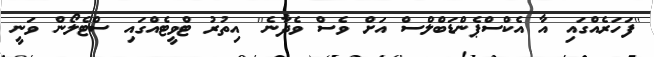
''ފަހަރެއްގައި އާ އެކްސްޕެންޑަބްލްސް އަށް ވެސް ވެދާނެ'' އިތުރު ޓްވީޓެއްގައި ސްޓެލޯން ވަނީ